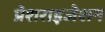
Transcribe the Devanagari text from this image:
प्रेशराइजेशन